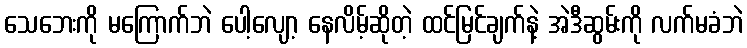
သေဘေးကို မကြောက်ဘဲ ပေါ့လျော့ နေလိမ့်ဆိုတဲ့ ထင်မြင်ချက်နဲ့ အဲဒီဆွမ်းကို လက်မခံဘဲ